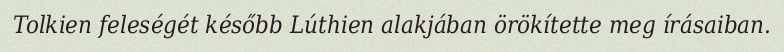
Tolkien feleségét később Lúthien alakjában örökítette meg írásaiban.